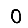
Digit: 0